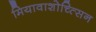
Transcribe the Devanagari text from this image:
मियावाशोच्त्सिन